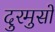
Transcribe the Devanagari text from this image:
दुरमुसों